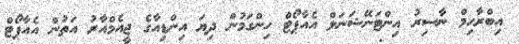
އިބްރާހިމް ނާސިރު އިންޓަނޭޝަނަލް އެއާޕޯޓް ހިންގަމުން ދިޔަ އިންޑިއާގެ ޖީއެމްއާރު އަތުން އެއާޕޯޓް